Annual report of the Madras Medical College
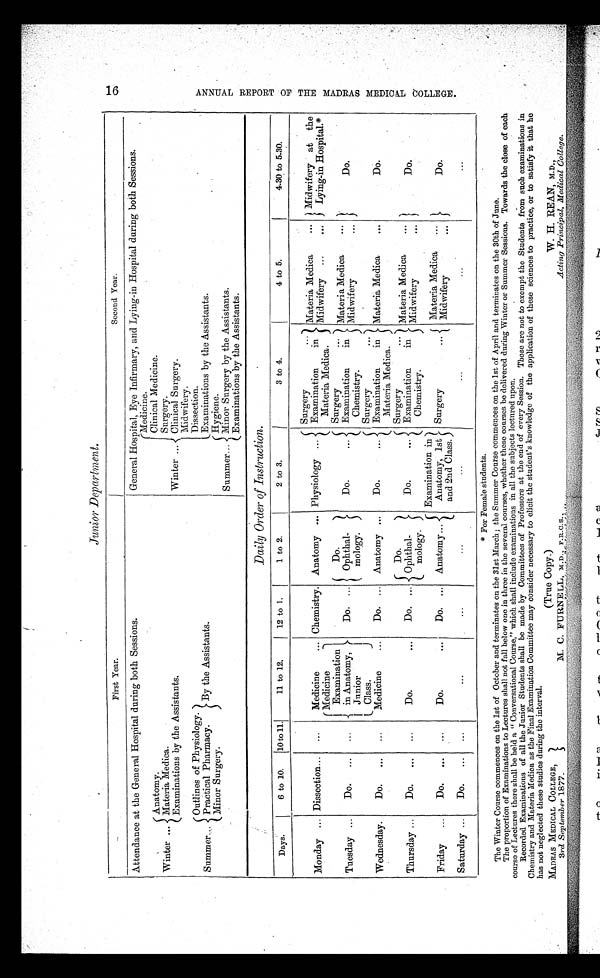
Junior Department.
First Year.
Second Year.
Attendance at the General Hospital during both Sessions.
General Hospital, Eye Infirmary, and Lying-in Hospital during both Sessions.
Anatomy.
Winter ... Materia Medica.
Examinations by the Assistants.
Medicine.
Clinical Medicine.
Surgery.
Winter ... Clinical Surgery.
Midwifery.
Dissection.
Examinations by the Assistants.
Outlines of Physiology.
Summer... Practical Pharmacy.
Minor Surgery.
By the Assistants.
Hygiene.
Summer... Minor Surgery by the Assistants.
Examinations by the Assistants.
Daily Order of Instruction.
Days.
6 to 10.
10 to 11.
11 to 12.
1 2 t o 1 .
1 to 2.
2 to 3.
3 to 4.
4 to 5.
4.30 to 5.30.
Monday ... Dissection...
...
Medicine
...
Medicine
Examination
in Anatomy,
Junior
Class.
Medicine
...
Chemistry. Anatomy ... Physiology ...
Surgery
'.'
Examination
in
Materia Medica.
Materia Medica
...
Midwifery ...
. . .
Midwifery at the
Lying-in Hospital.*
Tuesday ...
Do.
...
...
Do. ...
Do
Ophthal-
mology.
Do.
. . .
Surgery
Examination
in
C h e m i s t r y .
Materia Medica
. . .
Midwifery
...
Do.
Wednesday.
Do.
...
...
Do. ... Anatomy ...
Do.
. . .
Surgery
...
Examination
in
Materia Medica.
Materia Medica
. . .
Do.
Thursday ...
Do.
... ...
Do.
. . .
Do. ...
Do.
Ophthal-
mology.
Do.
Surgery
Examination
in
Chemistry.
Materia Medica
. .
Midwifery
...
Do.
Friday
...
Do.
...
...
Do.
. . .
Do. ... Anatomy...
Examination in
Anatomy, 1st
and 2nd Class.
Surgery
. . . Materia Medica
...
Midwifery
...
Do.
Saturday ...
Do.
...
...
...
...
...
...
...
...
...
* For Female students.
The Winter Course commences on the 1st of October and terminates on the 31st March; the Summer Course commences on the 1st of April and terminates on the 30th of June.
The proportion of Examinations to Lectures shall not fall below one in three in the several courses, whether these courses be delivered during Winter or Summer Sessions. Towards the close of each
course of Lectures there shall be held a "Conversational Course," which shall include examinations in all the subjects lectured upon.
Recorded Examinations of all the Junior Students shall be made by Committees of Professors at the end of every Session. These are not to exempt the Students from such examinations in
Chemistry and Materia Medica as the Final Examination Committee may consider necessary to elicit the student's knowledge of the application of these sciences to practice, or to satisfy it that he
has not neglected these studies during the interval.
MADRAS MEDICAL COLLEGE,
(True Copy.)
W . H. RE AN, M.D.,
3rd September 1877.
M. C. FURNELL, M.D., F.R.C.S.,
Acting Principal, Medical College.
1 6 A N N U A L R E P O R T O F T H E M A D R A S M E D I C A L C O L L E G E .